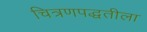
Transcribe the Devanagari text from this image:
चित्रणपद्धतीला